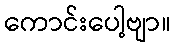
ကောင်းပေါ့ဗျာ။